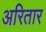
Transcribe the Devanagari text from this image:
अरितार